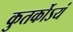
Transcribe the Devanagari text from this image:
कुतर्कोऽयं